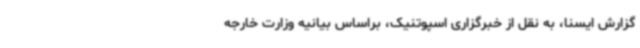
گزارش ایسنا، به نقل از خبرگزاری اسپوتنیک، براساس بیانیه وزارت خارجه